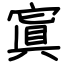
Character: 寘